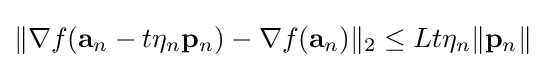
\|\nabla f(\mathbf {a} _{n}-t\eta _{n}\mathbf {p} _{n})-\nabla f(\mathbf {a} _{n})\|_{2}\leq Lt\eta _{n}\|\mathbf {p} _{n}\|